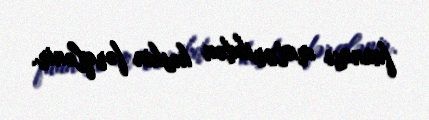
faunası materikdən kəskin fərqlənir.